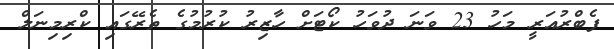
ފެބްރުއަރީ މަހު 23 ވަނަ ދުވަހު ކޯޓަށް ހާޒިރު ކުރުމުގެ ތެރޭގައި ކްރިމިނަލް